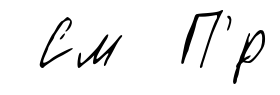
См П'́р